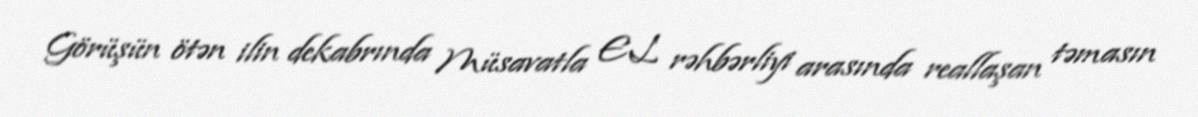
Görüşün ötən ilin dekabrında Müsavatla EL rəhbərliyi arasında reallaşan təmasın